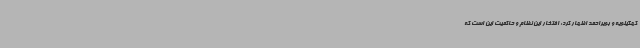
کهگیلویه و بویراحمد اظهار کرد: افتخار این نظام و حاکمیت این است که